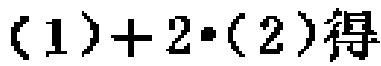
$(1)+2\cdot(2)得$